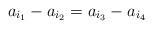
LaTeX: \begin{align*}a_{i_1} -a_{i_2 } = a_{i_3 } - a_{i_4 } \end{align*}